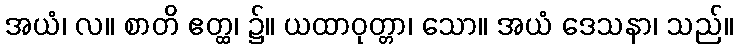
အယံ၊ လ။ စာတိ ဧတ္ထ၊ ၌။ ယထာဝုတ္တာ၊ သော။ အယံ ဒေသနာ၊ သည်။